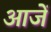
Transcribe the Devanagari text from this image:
आजें